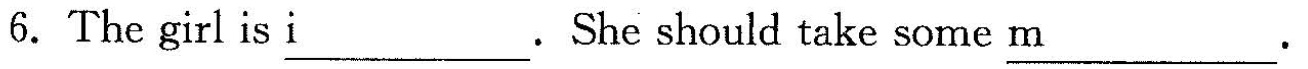
6. The girl is \underline{i }.She should take some \underline{m }.